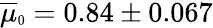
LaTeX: \overline{{\mu}}{\scriptsize_\textrm{0}}=0.84\pm 0.067